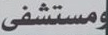
ومستشفى